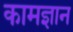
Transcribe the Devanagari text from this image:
कामज्ञान